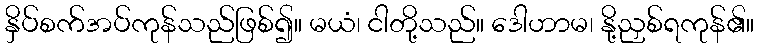
နှိပ်စက်အပ်ကုန်သည်ဖြစ်၍။ မယံ၊ ငါတို့သည်။ ဒေါဟာမ၊ နို့ညှစ်ရကုန်၏။